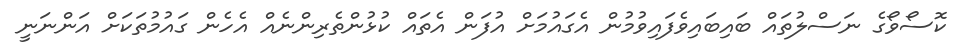
ކޮސޯވޯގެ ނަސްލުތައް ބައިބައިވެފައިވުމުން އެގައުމަށް އުފަން އެތައް ކުޅުންތެރިންނެއް އެހެން ގައުމުތަކަށް އަންނަނީ